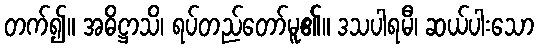
တက်၍။ အဓိဋ္ဌာသိ၊ ရပ်တည်တော်မူ၏။ ဒသပါရမီ၊ ဆယ်ပါးသော